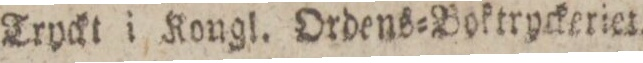
Tryckt i Kongl. Ordens=Boktryckeriet.